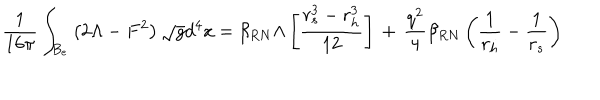
LaTeX: \frac { 1 } { 1 6 \pi } \int _ { B _ { e } } \left( 2 \Lambda - F ^ { 2 } \right) \sqrt { g } d ^ { 4 } x = \beta _ { R N } \Lambda \left[ \frac { r _ { s } ^ { 3 } - r _ { h } ^ { 3 } } { 1 2 } \right] \, + \, \frac { q ^ { 2 } } { 4 } \beta _ { R N } \left( \frac { 1 } { r _ { h } } - \frac { 1 } { r _ { s } } \right)